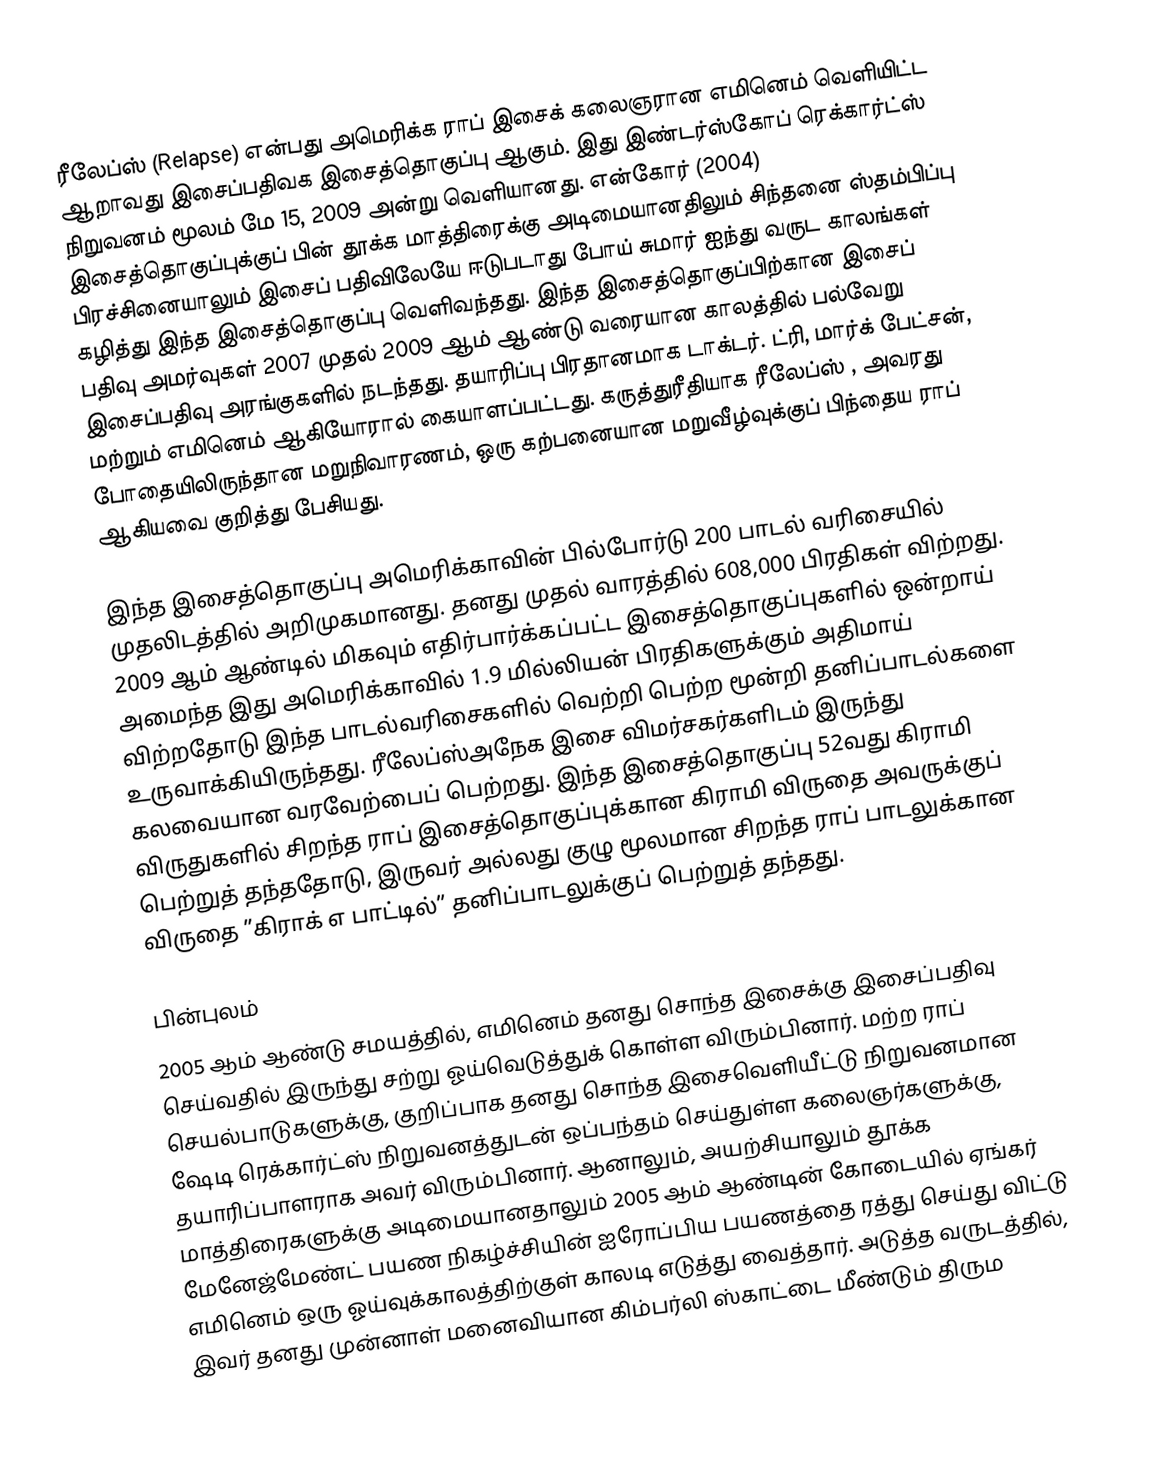
ரீலேப்ஸ்  (Relapse) என்பது அமெரிக்க ராப் இசைக் கலைஞரான எமினெம் வெளியிட்ட ஆறாவது இசைப்பதிவக இசைத்தொகுப்பு ஆகும். இது இண்டர்ஸ்கோப் ரெக்கார்ட்ஸ் நிறுவனம் மூலம் மே 15, 2009 அன்று வெளியானது. என்கோர் (2004) இசைத்தொகுப்புக்குப் பின் தூக்க மாத்திரைக்கு அடிமையானதிலும் சிந்தனை ஸ்தம்பிப்பு பிரச்சினையாலும் இசைப் பதிவிலேயே ஈடுபடாது போய் சுமார் ஐந்து வருட காலங்கள் கழித்து இந்த இசைத்தொகுப்பு வெளிவந்தது. இந்த இசைத்தொகுப்பிற்கான இசைப் பதிவு அமர்வுகள் 2007 முதல் 2009 ஆம் ஆண்டு வரையான காலத்தில் பல்வேறு இசைப்பதிவு அரங்குகளில் நடந்தது. தயாரிப்பு பிரதானமாக டாக்டர். ட்ரி, மார்க் பேட்சன், மற்றும் எமினெம் ஆகியோரால் கையாளப்பட்டது. கருத்துரீதியாக ரீலேப்ஸ் , அவரது போதையிலிருந்தான மறுநிவாரணம், ஒரு கற்பனையான மறுவீழ்வுக்குப் பிந்தைய ராப் ஆகியவை குறித்து பேசியது.

இந்த இசைத்தொகுப்பு அமெரிக்காவின் பில்போர்டு 200 பாடல் வரிசையில் முதலிடத்தில் அறிமுகமானது. தனது முதல் வாரத்தில் 608,000 பிரதிகள் விற்றது. 2009 ஆம் ஆண்டில் மிகவும் எதிர்பார்க்கப்பட்ட இசைத்தொகுப்புகளில் ஒன்றாய் அமைந்த இது அமெரிக்காவில் 1.9 மில்லியன் பிரதிகளுக்கும் அதிமாய் விற்றதோடு இந்த பாடல்வரிசைகளில் வெற்றி பெற்ற மூன்றி தனிப்பாடல்களை உருவாக்கியிருந்தது. ரீலேப்ஸ்அநேக இசை விமர்சகர்களிடம் இருந்து கலவையான வரவேற்பைப் பெற்றது. இந்த இசைத்தொகுப்பு 52வது கிராமி விருதுகளில் சிறந்த ராப் இசைத்தொகுப்புக்கான கிராமி விருதை அவருக்குப் பெற்றுத் தந்ததோடு, இருவர் அல்லது குழு மூலமான சிறந்த ராப் பாடலுக்கான விருதை ”கிராக் எ பாட்டில்” தனிப்பாடலுக்குப் பெற்றுத் தந்தது.

பின்புலம்
2005 ஆம் ஆண்டு சமயத்தில், எமினெம் தனது சொந்த இசைக்கு இசைப்பதிவு செய்வதில் இருந்து சற்று ஓய்வெடுத்துக் கொள்ள விரும்பினார். மற்ற ராப் செயல்பாடுகளுக்கு, குறிப்பாக தனது சொந்த இசைவெளியீட்டு நிறுவனமான ஷேடி ரெக்கார்ட்ஸ் நிறுவனத்துடன் ஒப்பந்தம் செய்துள்ள கலைஞர்களுக்கு, தயாரிப்பாளராக அவர் விரும்பினார். ஆனாலும், அயற்சியாலும் தூக்க மாத்திரைகளுக்கு அடிமையானதாலும் 2005 ஆம் ஆண்டின் கோடையில் ஏங்கர் மேனேஜ்மேண்ட் பயண நிகழ்ச்சியின் ஐரோப்பிய பயணத்தை ரத்து செய்து விட்டு எமினெம் ஒரு ஓய்வுக்காலத்திற்குள் காலடி எடுத்து வைத்தார். அடுத்த வருடத்தில், இவர் தனது முன்னாள் மனைவியான கிம்பர்லி ஸ்காட்டை மீண்டும் திரும